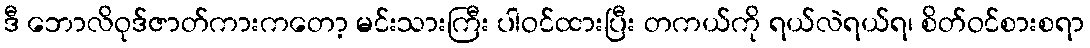
ဒီ ဘောလိဝုဒ်ဇာတ်ကားကတော့ မင်းသားကြီး ပါဝင်ထားပြီး တကယ်ကို ရယ်လဲရယ်ရ၊ စိတ်ဝင်စားစရာ